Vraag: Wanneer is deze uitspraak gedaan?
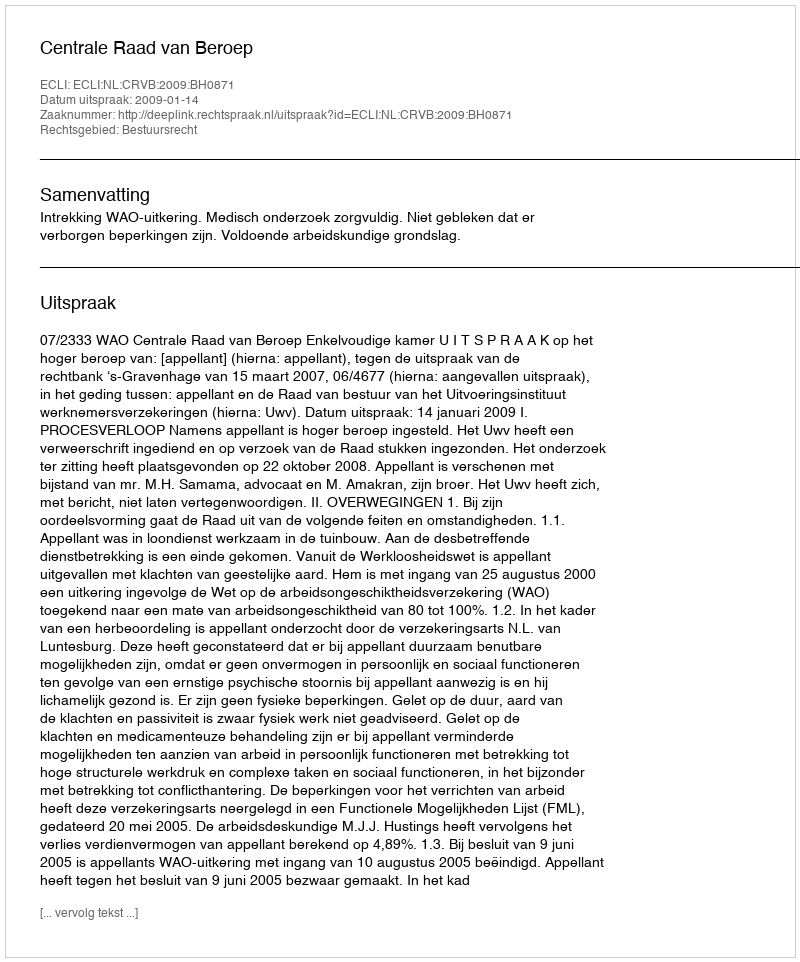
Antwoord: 2009-01-14